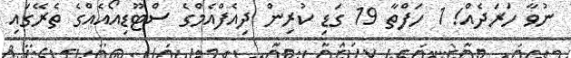
ނުވާ ހަރަދެއް! 1 ހަފްތާ 19 ގަޑި ކުރިން ދިއެފްއެމްގެ ސްޓޫޑިއޯއެއްގެ ތެރޭގައި